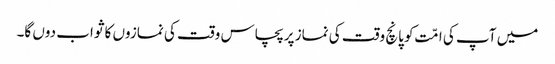
میں آپ کی امّت کو پانچ وقت کی نماز پر پچاس وقت کی نمازوں کا ثواب دوں گا۔